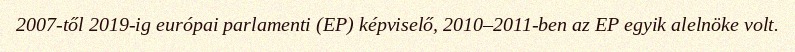
2007-től 2019-ig európai parlamenti (EP) képviselő, 2010–2011-ben az EP egyik alelnöke volt.